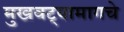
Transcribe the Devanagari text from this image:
मुखवट्यामागचे